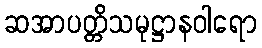
ဆအာပတ္တိသမုဋ္ဌာနဝါရော